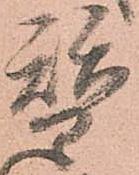
替